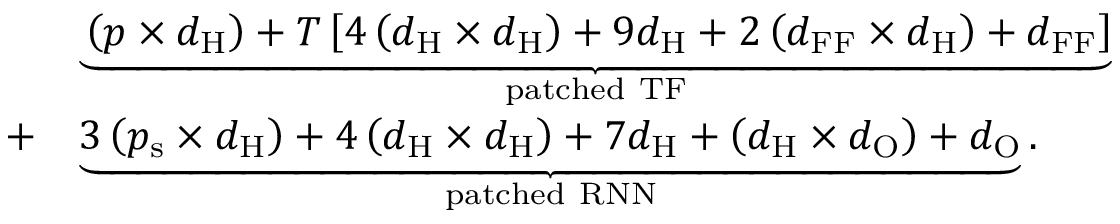
\begin{array} { r l } & { \underbrace { \left( p \times d _ { \mathrm { H } } \right) + T \left[ 4 \left( d _ { \mathrm { H } } \times d _ { \mathrm { H } } \right) + 9 d _ { \mathrm { H } } + 2 \left( d _ { \mathrm { F F } } \times d _ { \mathrm { H } } \right) + d _ { \mathrm { F F } } \right] } _ { \mathrm { p a t c h e d } \ \mathrm { T F } } } \\ { + } & { \underbrace { 3 \left( p _ { \mathrm { s } } \times d _ { \mathrm { H } } \right) + 4 \left( d _ { \mathrm { H } } \times d _ { \mathrm { H } } \right) + 7 d _ { \mathrm { H } } + \left( d _ { \mathrm { H } } \times d _ { \mathrm { O } } \right) + d _ { \mathrm { O } } } _ { \mathrm { p a t c h e d } \ \mathrm { R N N } } . } \end{array}